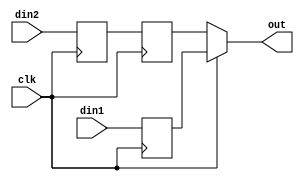
module oh_oddr #(parameter DW  = 1) 
   (
    input 	    clk, 
    input [DW-1:0]  din1, 
    input [DW-1:0]  din2, 
    output [DW-1:0] out   
    );
   reg [DW-1:0]    q1_sl;   
   reg [DW-1:0]    q2_sl;
   reg [DW-1:0]    q2_sh;
   always @ (posedge clk)
     begin
	q1_sl[DW-1:0] <= din1[DW-1:0];
	q2_sl[DW-1:0] <= din2[DW-1:0];
     end
   always @ (negedge clk)
     q2_sh[DW-1:0] <= q2_sl[DW-1:0];
   assign out[DW-1:0] = clk ? q1_sl[DW-1:0] : 
	                      q2_sh[DW-1:0];
endmodule